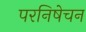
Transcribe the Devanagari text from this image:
परनिषेचन